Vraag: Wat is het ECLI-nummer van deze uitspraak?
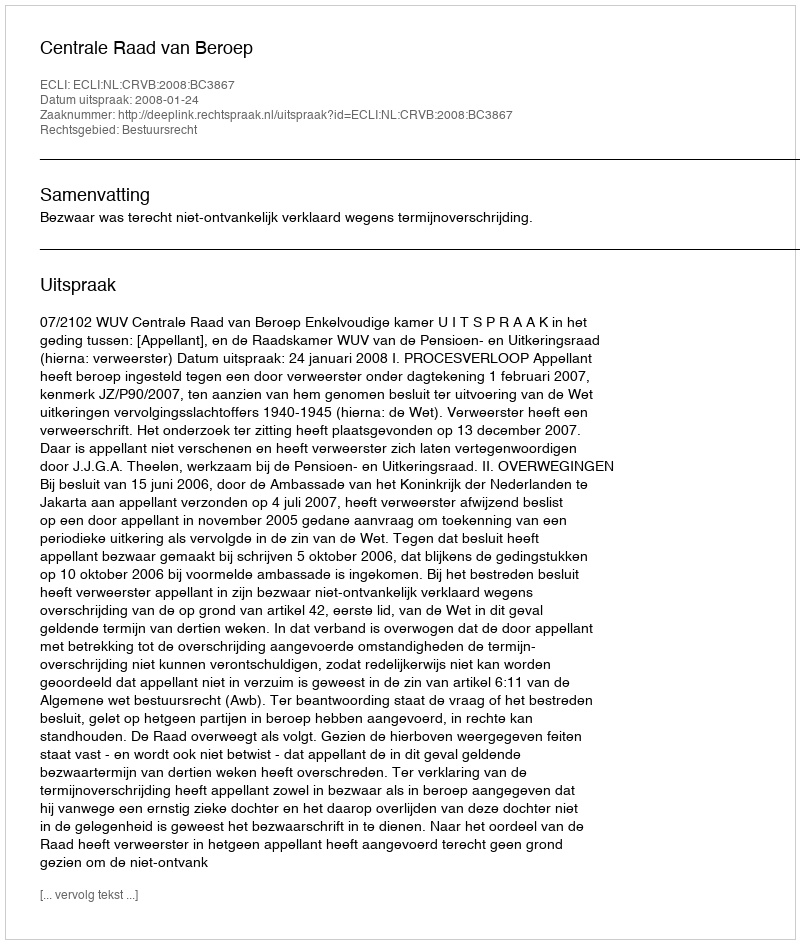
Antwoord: ECLI:NL:CRVB:2008:BC3867